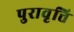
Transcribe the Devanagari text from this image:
पुरावृत्ति